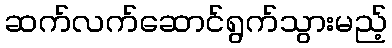
ဆက်လက်ဆောင်ရွက်သွားမည့်